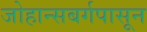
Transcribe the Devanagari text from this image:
जोहान्सबर्गपासून